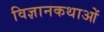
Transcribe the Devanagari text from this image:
विज्ञानकथाओं